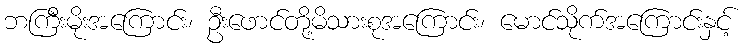
ဘကြီးမိုးအကြောင်း၊ ဦးဖောင်တို့မိသားစုအကြောင်း၊ မောင်သိုက်အကြောင်းနှင့်